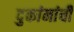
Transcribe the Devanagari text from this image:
दुकांनांची